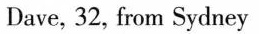
Dave, 32, from Sydney